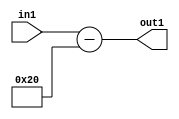
`timescale 1ps / 1ps
/*****************************************************************************
    Verilog RTL Description
    
    
    Created by: Stratus DpOpt 2019.1.01 
*******************************************************************************/

module st_weight_addr_gen_Subi32u16_4_13 (
	in1,
	out1
	); /* architecture "behavioural" */ 
input [15:0] in1;
output [16:0] out1;
wire [16:0] asc001;

assign asc001 = 
	+(in1)
	-(17'B00000000000100000);

assign out1 = asc001;
endmodule

/* CADENCE  ubH4SA0= : u9/ySgnWtBlWxVPRXgAZ4Og= ** DO NOT EDIT THIS LINE ******/